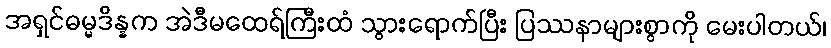
အရှင်ဓမ္မဒိန္နက အဲဒီမထေရ်ကြီးထံ သွားရောက်ပြီး ပြဿနာများစွာကို မေးပါတယ်၊